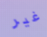
غير